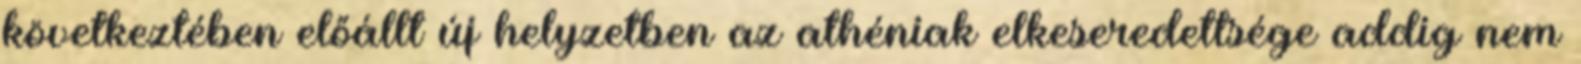
következtében előállt új helyzetben az athéniak elkeseredettsége addig nem